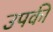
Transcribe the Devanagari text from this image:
उपकी